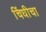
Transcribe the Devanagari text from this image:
चिंधीचा